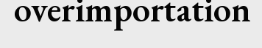
overimportation